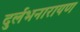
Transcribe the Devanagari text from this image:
दुर्लभनारायण